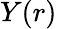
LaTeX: Y(r)